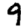
Digit: 9